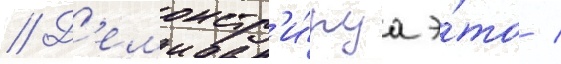
// Д'емонстр'и́руа э́то /